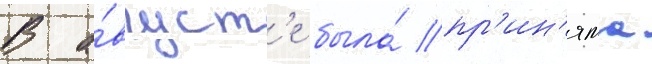
В а́вгуст'е была́ пр'ин'ята